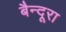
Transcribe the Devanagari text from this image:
बैन्दूरा